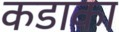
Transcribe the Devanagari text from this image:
कडाका